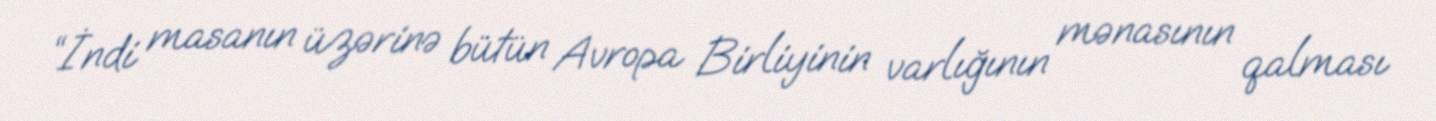
“İndi masanın üzərinə bütün Avropa Birliyinin varlığının mənasının qalması